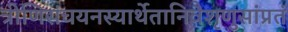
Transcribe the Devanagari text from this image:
त्रीणिसंचयनस्यार्थेतानिवैशृणुसांप्रतं